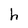
Character: h